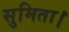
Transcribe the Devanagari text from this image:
सुमिता।